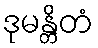
ဒုမန္တိတံ